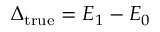
\Delta _ { \mathrm { t r u e } } = E _ { 1 } - E _ { 0 }